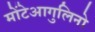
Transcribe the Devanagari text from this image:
मोंटेआगुलिनो